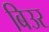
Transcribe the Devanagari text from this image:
बिउर